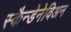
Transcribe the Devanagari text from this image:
स्कैन्डेनेविअन